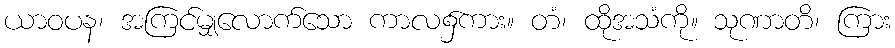
ယာဝပန၊ အကြင်မျှလောက်သော ကာလ၌ကား။ တံ၊ ထိုအသံကို။ သုဏာတိ၊ ကြား